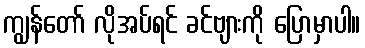
ကျွန်တော် လိုအပ်ရင် ခင်ဗျားကို ပြောမှာပါ။